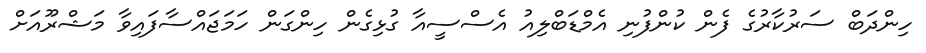
ހިންދަބް ސަރުކާރުގެ ފެން ކުންފުނި އެމްޑަބްލިއު އެސްސީއާ ގުޅިގެން ހިންގަން ހަމަޖައްސާފައިވާ މަޝްރޫއަށް